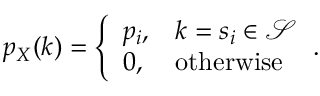
p _ { X } ( k ) = { \left\{ \begin{array} { l l } { p _ { i } , } & { k = s _ { i } \in { \mathcal { S } } } \\ { 0 , } & { { \mathrm { o t h e r w i s e } } } \end{array} \right. } .